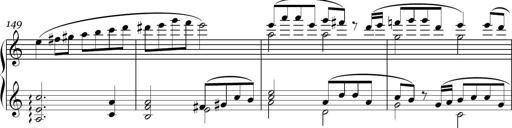
Title: Sonatina in E minor
Composer: Shuwen Zhang
Key: E minor